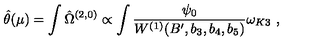
\hat { \theta } ( \mu ) = \int \hat { \Omega } ^ { ( 2 , 0 ) } \propto \int \frac { \psi _ { 0 } } { W ^ { ( 1 ) } ( B ^ { \prime } , b _ { 3 } , b _ { 4 } , b _ { 5 } ) } \omega _ { K 3 } \ ,